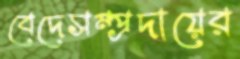
বেদেসম্প্রদায়ের